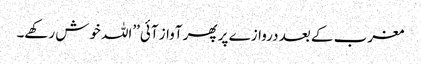
مغرب کے بعد دروازے پر پھر آواز آئی’’اللہ خوش رکھے۔